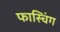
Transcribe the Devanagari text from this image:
फास्चिंग